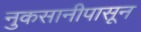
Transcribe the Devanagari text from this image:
नुकसानीपासून